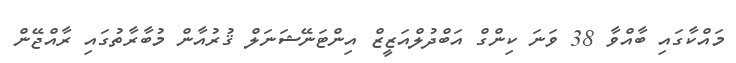
މައްކާގައި ބާއްވާ 38 ވަނަ ކިންގް އަބްދުލްއަޒީޒް އިންޓަނޭޝަނަލް ޤުރުއާން މުބާރާތުގައި ރާއްޖޭން